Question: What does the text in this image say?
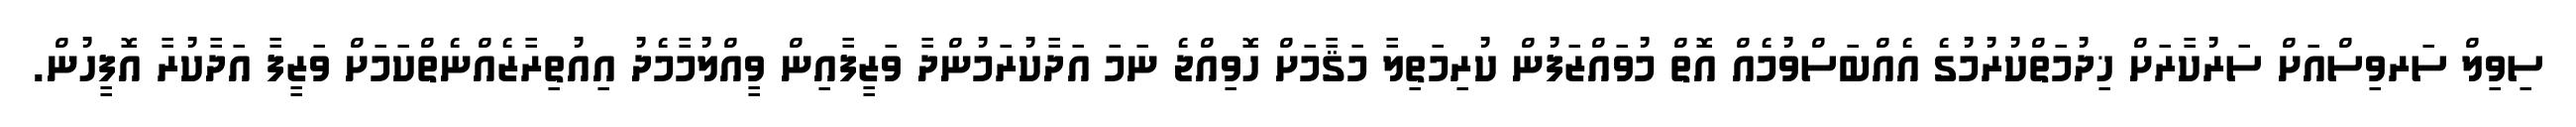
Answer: ސިވިލް ސަރވިސްއަށް ސަރުކާރަށް ޚިދުމަތްކުރުމުގެ އެއްބަސްވުމެއް އޮތް މުވައްޒަފުން ކުރިމަތިލާ މަޤާމަށް ހޮވިއްޖެ ނަމަ އަދާކުރަމުންދާ ވަޒީފާއިން ވީއްލުމާމެދު އިއުތިރާޒެއްނެތްކަމަށް ވަޒީފާ އަދާކުރާ އޮފީހުން.